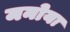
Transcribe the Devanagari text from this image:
मनोया